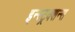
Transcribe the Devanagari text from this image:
इन्स्ट्रक्शन्स